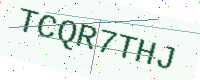
Text: TCQR7THJ